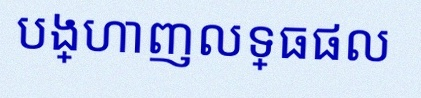
បង្ហាញលទ្ធផល